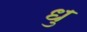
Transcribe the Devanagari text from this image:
धु